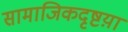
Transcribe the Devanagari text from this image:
सामाजिकदृष्टय़ा